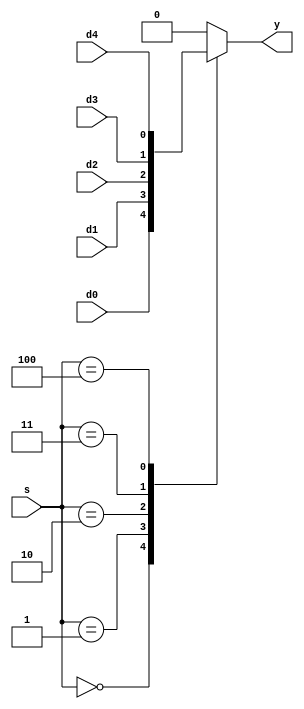
module mux5 (input      d0, d1, d2, d3, d4,
              input      [2:0]       s, 
              output reg  y);
   always @( * )
      case(s)
         3'b000: y <= d0;
         3'b001: y <= d1;
         3'b010: y <= d2;
         3'b011: y <= d3;
         3'b100: y <= d4;
         default: y <= 1'b0;
      endcase
endmodule